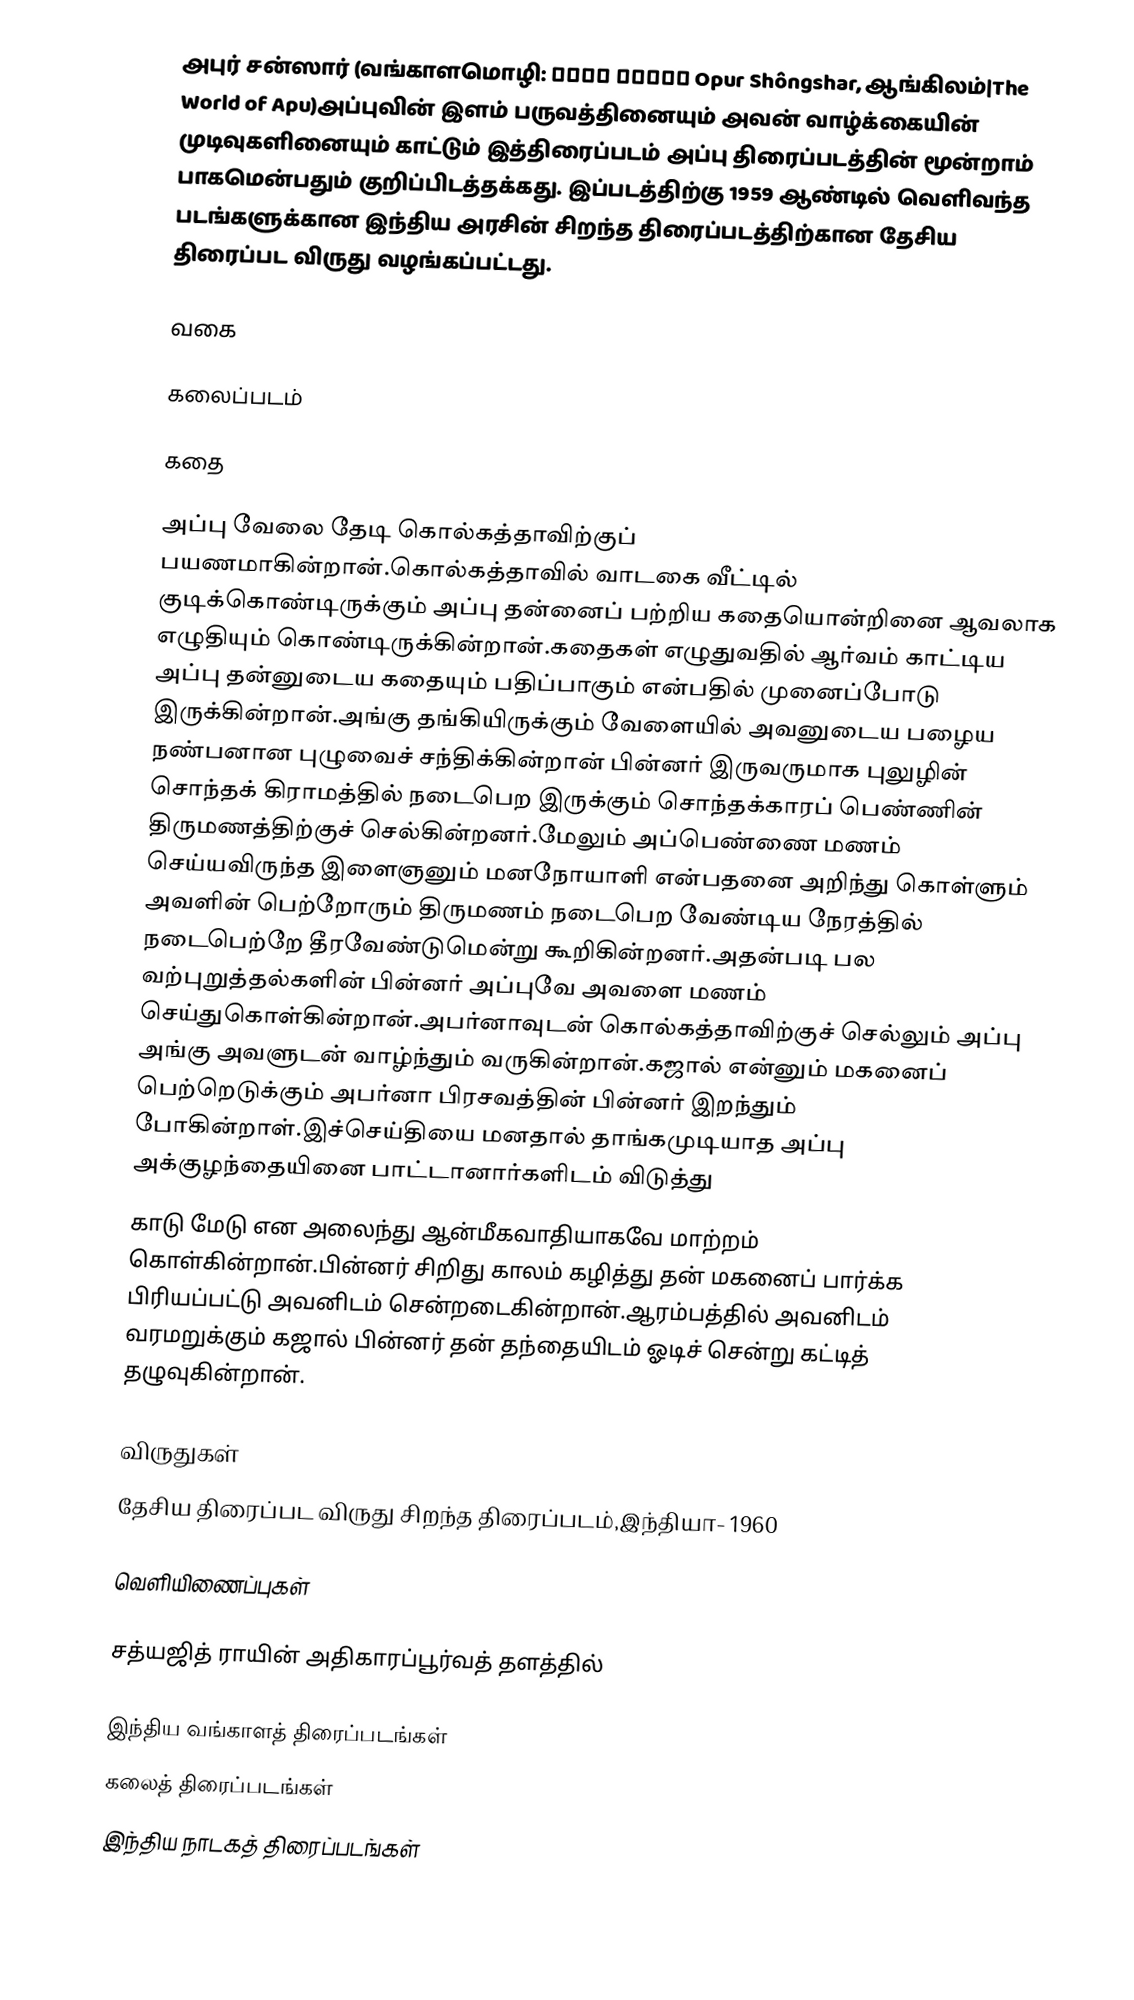
அபுர் சன்ஸார் (வங்காளமொழி: অপুর সংসার Opur Shôngshar, ஆங்கிலம்|The World of Apu)அப்புவின் இளம் பருவத்தினையும் அவன் வாழ்க்கையின் முடிவுகளினையும் காட்டும் இத்திரைப்படம் அப்பு திரைப்படத்தின் மூன்றாம் பாகமென்பதும் குறிப்பிடத்தக்கது. இப்படத்திற்கு 1959 ஆண்டில் வெளிவந்த படங்களுக்கான இந்திய அரசின் சிறந்த திரைப்படத்திற்கான தேசிய திரைப்பட விருது வழங்கப்பட்டது.

வகை

கலைப்படம்

கதை

அப்பு வேலை தேடி கொல்கத்தாவிற்குப் பயணமாகின்றான்.கொல்கத்தாவில் வாடகை வீட்டில் குடிக்கொண்டிருக்கும் அப்பு தன்னைப் பற்றிய கதையொன்றினை ஆவலாக எழுதியும் கொண்டிருக்கின்றான்.கதைகள் எழுதுவதில் ஆர்வம் காட்டிய அப்பு தன்னுடைய கதையும் பதிப்பாகும் என்பதில் முனைப்போடு இருக்கின்றான்.அங்கு தங்கியிருக்கும் வேளையில் அவனுடைய பழைய நண்பனான புழுவைச் சந்திக்கின்றான் பின்னர் இருவருமாக புலுழின் சொந்தக் கிராமத்தில் நடைபெற இருக்கும் சொந்தக்காரப் பெண்ணின் திருமணத்திற்குச் செல்கின்றனர்.மேலும் அப்பெண்ணை மணம் செய்யவிருந்த இளைஞனும் மனநோயாளி என்பதனை அறிந்து கொள்ளும் அவளின் பெற்றோரும் திருமணம் நடைபெற வேண்டிய நேரத்தில் நடைபெற்றே தீரவேண்டுமென்று கூறிகின்றனர்.அதன்படி பல வற்புறுத்தல்களின் பின்னர் அப்புவே அவளை மணம் செய்துகொள்கின்றான்.அபர்னாவுடன் கொல்கத்தாவிற்குச் செல்லும் அப்பு அங்கு அவளுடன் வாழ்ந்தும் வருகின்றான்.கஜால் என்னும் மகனைப் பெற்றெடுக்கும் அபர்னா பிரசவத்தின் பின்னர் இறந்தும் போகின்றாள்.இச்செய்தியை மனதால் தாங்கமுடியாத அப்பு அக்குழந்தையினை பாட்டானார்களிடம் விடுத்து
காடு மேடு என அலைந்து ஆன்மீகவாதியாகவே மாற்றம் கொள்கின்றான்.பின்னர் சிறிது காலம் கழித்து தன் மகனைப் பார்க்க பிரியப்பட்டு அவனிடம் சென்றடைகின்றான்.ஆரம்பத்தில் அவனிடம் வரமறுக்கும் கஜால் பின்னர் தன் தந்தையிடம் ஓடிச் சென்று கட்டித் தழுவுகின்றான்.

விருதுகள்
 தேசிய திரைப்பட விருது சிறந்த திரைப்படம்,இந்தியா- 1960

வெளியிணைப்புகள்

 சத்யஜித் ராயின் அதிகாரப்பூர்வத் தளத்தில்

இந்திய வங்காளத் திரைப்படங்கள்
கலைத் திரைப்படங்கள்
இந்திய நாடகத் திரைப்படங்கள்